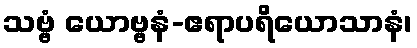
သဗ္ဗံ ယောဗ္ဗနံ-ဧရာပရိယောသာနံ၊